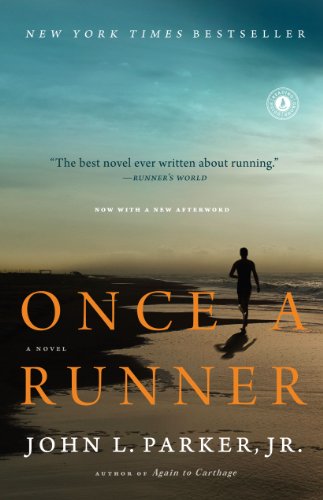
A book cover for Once a Runner: A Novel; John L. Parker Jr.; Literature & Fiction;